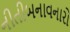
નીતીબનાવનારો